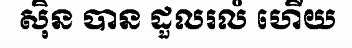
ស៊ិន បាន ដួលរលំ ហើយ